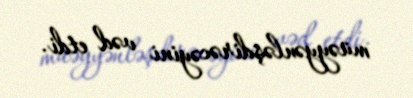
müəyyənləşdirəcəyini vəd etdi.